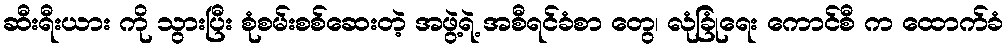
ဆီးရီးယား ကို သွားပြီး စုံစမ်းစစ်ဆေးတဲ့ အဖွဲ့ရဲ့ အစီရင်ခံစာ တွေ၊ လုံခြုံရေး ကောင်စီ က ထောက်ခံ